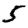
Digit: 5